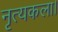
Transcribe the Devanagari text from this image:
नृत्‍यकला।